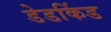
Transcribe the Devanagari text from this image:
डेडकिंड